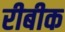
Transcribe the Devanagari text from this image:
रीबीक